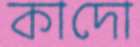
কাদো